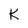
Character: K